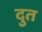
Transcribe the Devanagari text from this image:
दुत